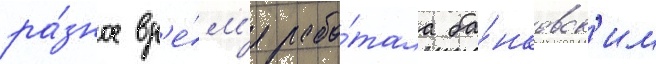
ра́зное вр'е́м'я рабо́тала ба́нковск'им